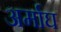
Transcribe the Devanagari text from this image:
अर्माघ